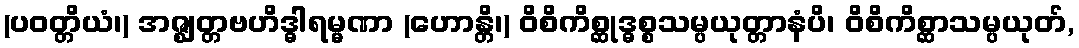
(ပဝတ္တိယံ၊) အဇ္ဈတ္တဗဟိဒ္ဓါရမ္မဏာ (ဟောန္တိ၊) ဝိစိကိစ္ဆုဒ္ဓစ္စသမ္ပယုတ္တာနံပိ၊ ဝိစိကိစ္ဆာသမ္ပယုတ်,